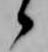
候